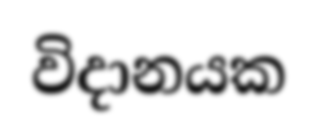
විදානයක